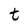
Character: t